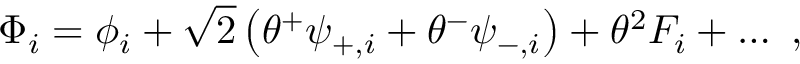
\Phi _ { i } = \phi _ { i } + \sqrt { 2 } \left( \theta ^ { + } \psi _ { + , i } + \theta ^ { - } \psi _ { - , i } \right) + \theta ^ { 2 } F _ { i } + \ldots \ ,